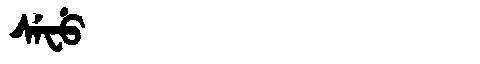
Manchu: ᠰᡝᠸᡠ
Romanization: SEFU